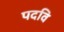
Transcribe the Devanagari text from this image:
पदवि